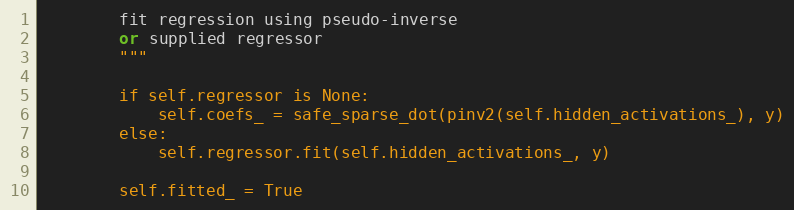
Language: Python
        fit regression using pseudo-inverse
        or supplied regressor
        """

        if self.regressor is None:
            self.coefs_ = safe_sparse_dot(pinv2(self.hidden_activations_), y)
        else:
            self.regressor.fit(self.hidden_activations_, y)

        self.fitted_ = True